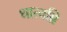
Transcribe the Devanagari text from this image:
धात्वग्नि